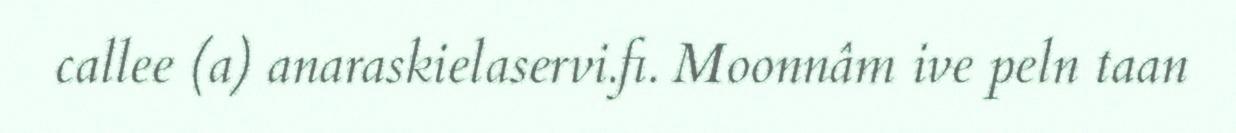
callee (a) anaraskielaservi.fi. Moonnâm ive peln taan